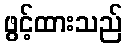
ဖွင့်ထားသည်